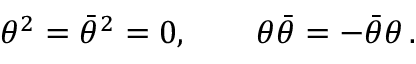
\theta ^ { 2 } = \bar { \theta } ^ { 2 } = 0 , \qquad \theta \bar { \theta } = - \bar { \theta } \theta \, .